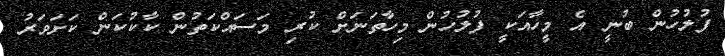
ފުލުހުން ބުނީ އެ މީހާއަކީ ފުލުހުން މިހާތަނަށް ކުރި މަސައްކަތުން ކާކުކަން ކަށަވަރު